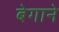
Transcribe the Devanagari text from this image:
बेगाने